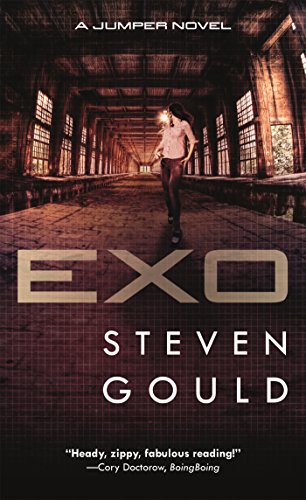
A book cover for Exo: A Jumper Novel; Steven Gould; Science Fiction & Fantasy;